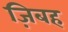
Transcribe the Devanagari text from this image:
ज़िबह